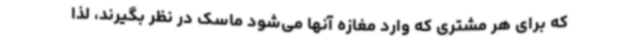
که برای هر مشتری که وارد مغازه آنها می‌شود ماسک در نظر بگیرند، لذا